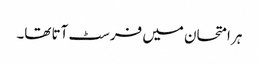
ہر امتحان میں فرسٹ آتا تھا۔